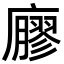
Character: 廫